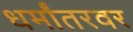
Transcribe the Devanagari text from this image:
धर्मांतरवर